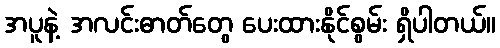
အပူနဲ့ အလင်းဓာတ်တွေ ပေးထားနိုင်စွမ်း ရှိပါတယ်။